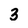
Character: 3